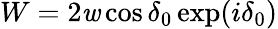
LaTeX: W=2\mathit{w}\cos\delta_{0}\exp(i\delta_{0})